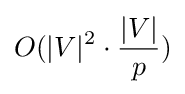
O(|V|^{2}\cdot {\frac {|V|}{p}})